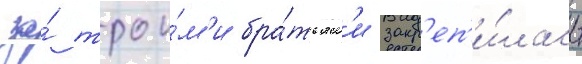
за́ трои́м'и бра́тьям'и закр'еп'и́лась